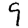
Digit: 9